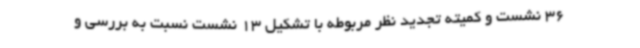
36 نشست و کمیته تجدید نظر مربوطه با تشکیل 13 نشست نسبت به بررسی و